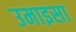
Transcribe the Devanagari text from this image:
उमाइसा